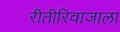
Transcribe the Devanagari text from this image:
रीतीरिवाजाला